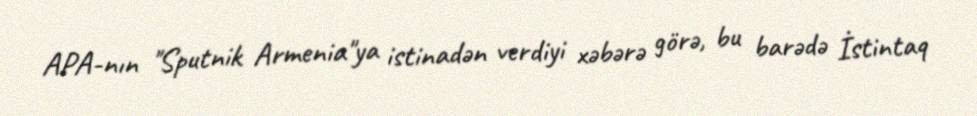
APA-nın "Sputnik Armenia"ya istinadən verdiyi xəbərə görə, bu barədə İstintaq